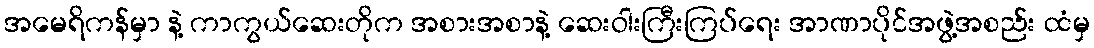
အမေရိကန်မှာ နဲ့ ကာကွယ်ဆေးတိုက အစားအစာနဲ့ ဆေးဝါးကြီးကြပ်ရေး အာဏာပိုင်အဖွဲ့အစည်း ထံမှ